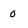
Character: 0